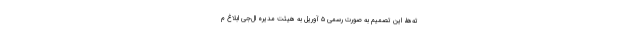
ته‌ها، این تصمیم به صورت رسمی ۵ آوریل به هیئت مدیره ال‌جی ابلاغ م